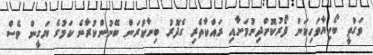
ވަގުތީ ބޯހިޔާވަހިކަން ފޯރުކޮށްދިނުމަށާއި ރައްކާތެރި ގެދޮރު ބިނާކުރަން ބޭނުންކުރާނެ ކަމުގެ ޔަގީން ވެސް